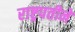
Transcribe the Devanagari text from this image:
राष्ट्रपतीने